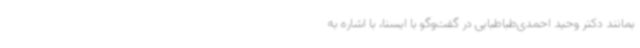
بمانند دکتر وحید احمدی‌طباطبایی در گفت‌وگو با ایسنا، با اشاره به